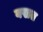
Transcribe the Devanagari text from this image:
वखत